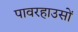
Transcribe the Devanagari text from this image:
पावरहाउसों